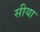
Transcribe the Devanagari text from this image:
सीया